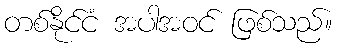
တစ်နိုင်ငံ အပါအဝင် ဖြစ်သည်။